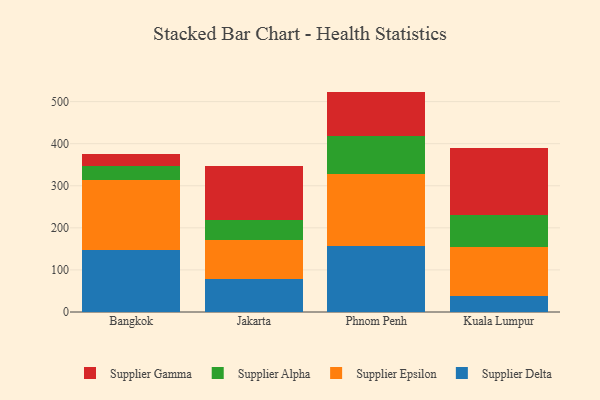
{"axis": {"x": "City", "y": "Temperature (°C)"}, "legend": ["Supplier Alpha", "Supplier Delta", "Supplier Epsilon", "Supplier Gamma"], "data": [{"x": "Bangkok", "y": 147.7, "type": "Supplier Delta"}, {"x": "Bangkok", "y": 165.1, "type": "Supplier Epsilon"}, {"x": "Bangkok", "y": 33.4, "type": "Supplier Alpha"}, {"x": "Bangkok", "y": 29.8, "type": "Supplier Gamma"}, {"x": "Jakarta", "y": 78.0, "type": "Supplier Delta"}, {"x": "Jakarta", "y": 93.4, "type": "Supplier Epsilon"}, {"x": "Jakarta", "y": 46.6, "type": "Supplier Alpha"}, {"x": "Jakarta", "y": 129.0, "type": "Supplier Gamma"}, {"x": "Phnom Penh", "y": 157.2, "type": "Supplier Delta"}, {"x": "Phnom Penh", "y": 169.8, "type": "Supplier Epsilon"}, {"x": "Phnom Penh", "y": 90.5, "type": "Supplier Alpha"}, {"x": "Phnom Penh", "y": 106.3, "type": "Supplier Gamma"}, {"x": "Kuala Lumpur", "y": 37.8, "type": "Supplier Delta"}, {"x": "Kuala Lumpur", "y": 116.9, "type": "Supplier Epsilon"}, {"x": "Kuala Lumpur", "y": 75.6, "type": "Supplier Alpha"}, {"x": "Kuala Lumpur", "y": 159.9, "type": "Supplier Gamma"}]}